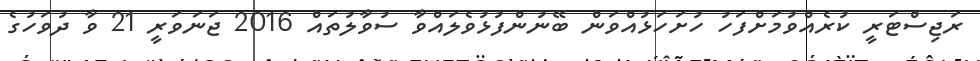
ރަޖިސްޓަރީ ކުރެއްވުމަށްފަހު ހުށަހަޅުއްވަން ބޭނުންފުޅުވެލައްވާ ސުވާލުތައް 2016 ޖަނަވަރީ 21 ވާ ދުވަހުގެ